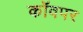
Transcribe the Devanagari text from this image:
कॉवपर